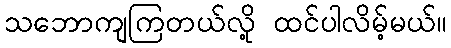
သဘောကျကြတယ်လို့ ထင်ပါလိမ့်မယ်။